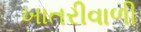
ખાતરીવાળી